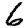
Digit: 6